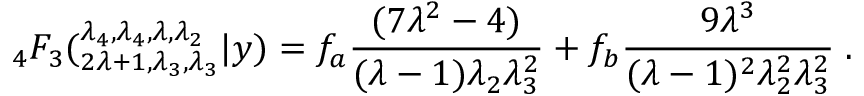
{ } _ { 4 } F _ { 3 } ( _ { 2 \lambda + 1 , \lambda _ { 3 } , \lambda _ { 3 } } ^ { \lambda _ { 4 } , \lambda _ { 4 } , \lambda , \lambda _ { 2 } } | y ) = f _ { a } \frac { ( 7 \lambda ^ { 2 } - 4 ) } { ( \lambda - 1 ) \lambda _ { 2 } \lambda _ { 3 } ^ { 2 } } + f _ { b } \frac { 9 \lambda ^ { 3 } } { ( \lambda - 1 ) ^ { 2 } \lambda _ { 2 } ^ { 2 } \lambda _ { 3 } ^ { 2 } } \; .